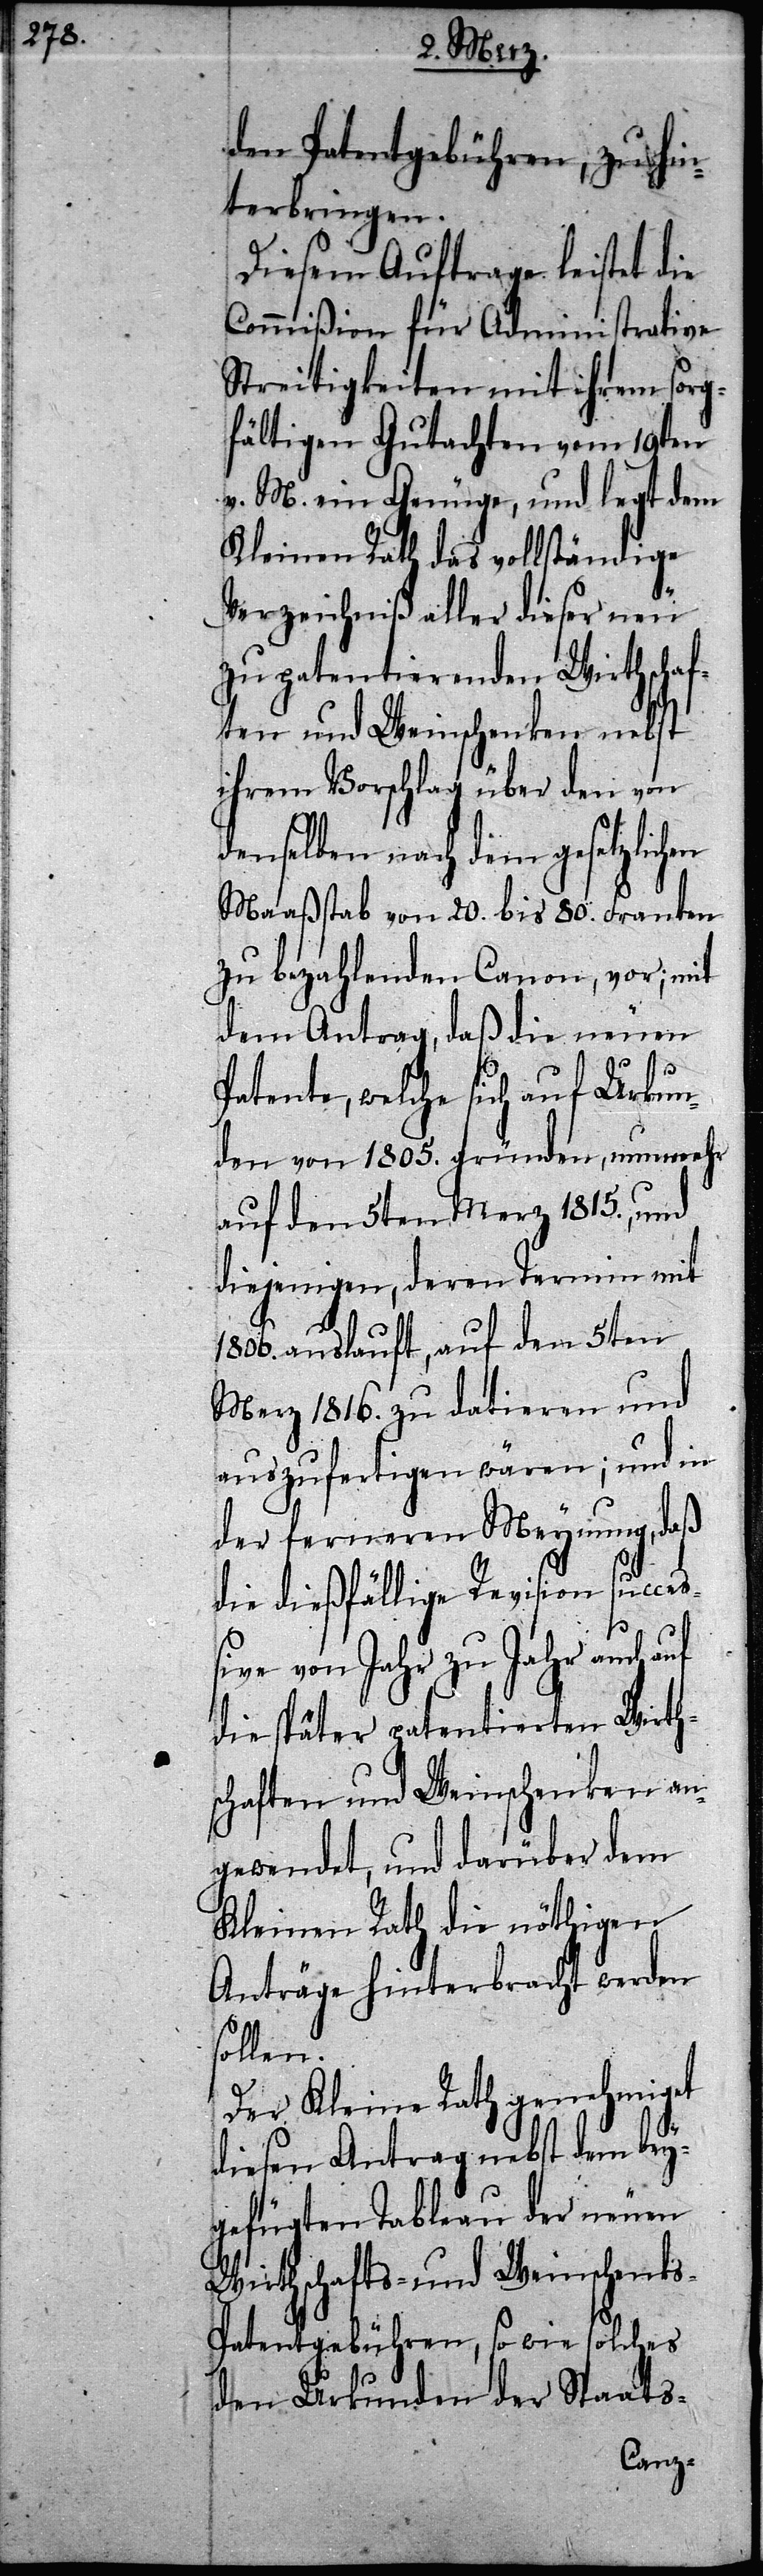
den Patentgebühren, zu hin¬
terbringen.
Diesem Auftrage leistet die
Commißion für Administrative
Streitigkeiten mit ihrem sorg¬
fältigen Gutachten vom 19ten
v. M. ein Genüge, und legt dem
Kleinen Rath das vollständige
Verzeichniß aller dieser neu
zu patentierenden Wirthscha¬
ften und Weinschenken nebst
ihrem Vorschlag über den von
denselben nach dem gesetzlich¬
Maaßstab von 20. bis 80. Franken
zu bezahlenden Canon, vor; mit
dem Antrag, daß die neuen
Patente, welche sich auf Urkun¬
den von 1805. gründen, nunmehr
auf den 5ten Merz 1815., und
diejenigen, deren Termin mit
1806. auslauft, auf den 5ten
Merz 1816. zu datieren und
auszufertigen wären; und in
der ferneren Meynung, daß
die dießfällige Revision succe¬
ßive von Jahr zu Jahr auch
die später patentierten Wirth¬
schaften und Weinschenken an¬
gewendet, und darüber dem
Kleinen Rath die nöthigen
Anträge hinterbracht werden
sollen.
Der Kleine Rath genehmiget
diesen Antrag nebst dem bey¬
gefügten Tableau der neuen
Wirtschafts- und Weinschenk¬
s-Patentgebühren, so wie solches
den Urkunden der Staats-